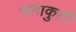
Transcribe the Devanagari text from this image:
चनाकुटी